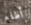
أطلع